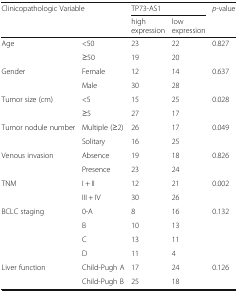
<table><thead><tr><td rowspan="2" colspan="2"><b>Clinicopathologic Variable</b></td><td colspan="2"><b>TP73-AS1</b></td><td rowspan="2"><b><i>p</i>-value</b></td></tr><tr><td><b>high expression</b></td><td><b>low expression</b></td></tr></thead><tbody><tr><td>Age</td><td>&lt;50</td><td>23</td><td>22</td><td>0.827</td></tr><tr><td></td><td>≥50</td><td>19</td><td>20</td><td></td></tr><tr><td>Gender</td><td>Female</td><td>12</td><td>14</td><td>0.637</td></tr><tr><td></td><td>Male</td><td>30</td><td>28</td><td></td></tr><tr><td>Tumor size (cm)</td><td>&lt;5</td><td>15</td><td>25</td><td>0.028</td></tr><tr><td></td><td>≥5</td><td>27</td><td>17</td><td></td></tr><tr><td>Tumor nodule number</td><td>Multiple (≥2)</td><td>26</td><td>17</td><td>0.049</td></tr><tr><td></td><td>Solitary</td><td>16</td><td>25</td><td></td></tr><tr><td>Venous invasion</td><td>Absence</td><td>19</td><td>18</td><td>0.826</td></tr><tr><td></td><td>Presence</td><td>23</td><td>24</td><td></td></tr><tr><td>TNM</td><td>I + II</td><td>12</td><td>21</td><td>0.002</td></tr><tr><td></td><td>III + IV</td><td>30</td><td>26</td><td></td></tr><tr><td>BCLC staging</td><td>0-A</td><td>8</td><td>16</td><td>0.132</td></tr><tr><td></td><td>B</td><td>10</td><td>13</td><td></td></tr><tr><td></td><td>C</td><td>13</td><td>11</td><td></td></tr><tr><td></td><td>D</td><td>11</td><td>4</td><td></td></tr><tr><td>Liver function</td><td>Child-Pugh A</td><td>17</td><td>24</td><td>0.126</td></tr><tr><td></td><td>Child-Pugh B</td><td>25</td><td>18</td><td></td></tr></tbody></table>